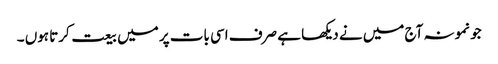
جو نمونہ آج میں نے دیکھا ہے صرف اسی بات پر میں بیعت کرتا ہوں ۔